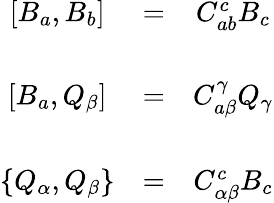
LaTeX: \begin{array}{ccc}{{\left[B_{a},B_{b}\right]}}&{{=}}&{{C_{ab}^{c}B_{c}}}\\ {{}}&{{}}&{{}}\\ {{\left[B_{a},Q_{\beta}\right]}}&{{=}}&{{C_{a\beta}^{\gamma}Q_{\gamma}}}\\ {{}}&{{}}&{{}}\\ {{\left\{ Q_{\alpha},Q_{\beta}\right\} }}&{{=}}&{{C_{\alpha\beta}^{c}B_{c}}}\end{array}